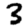
Digit: 3